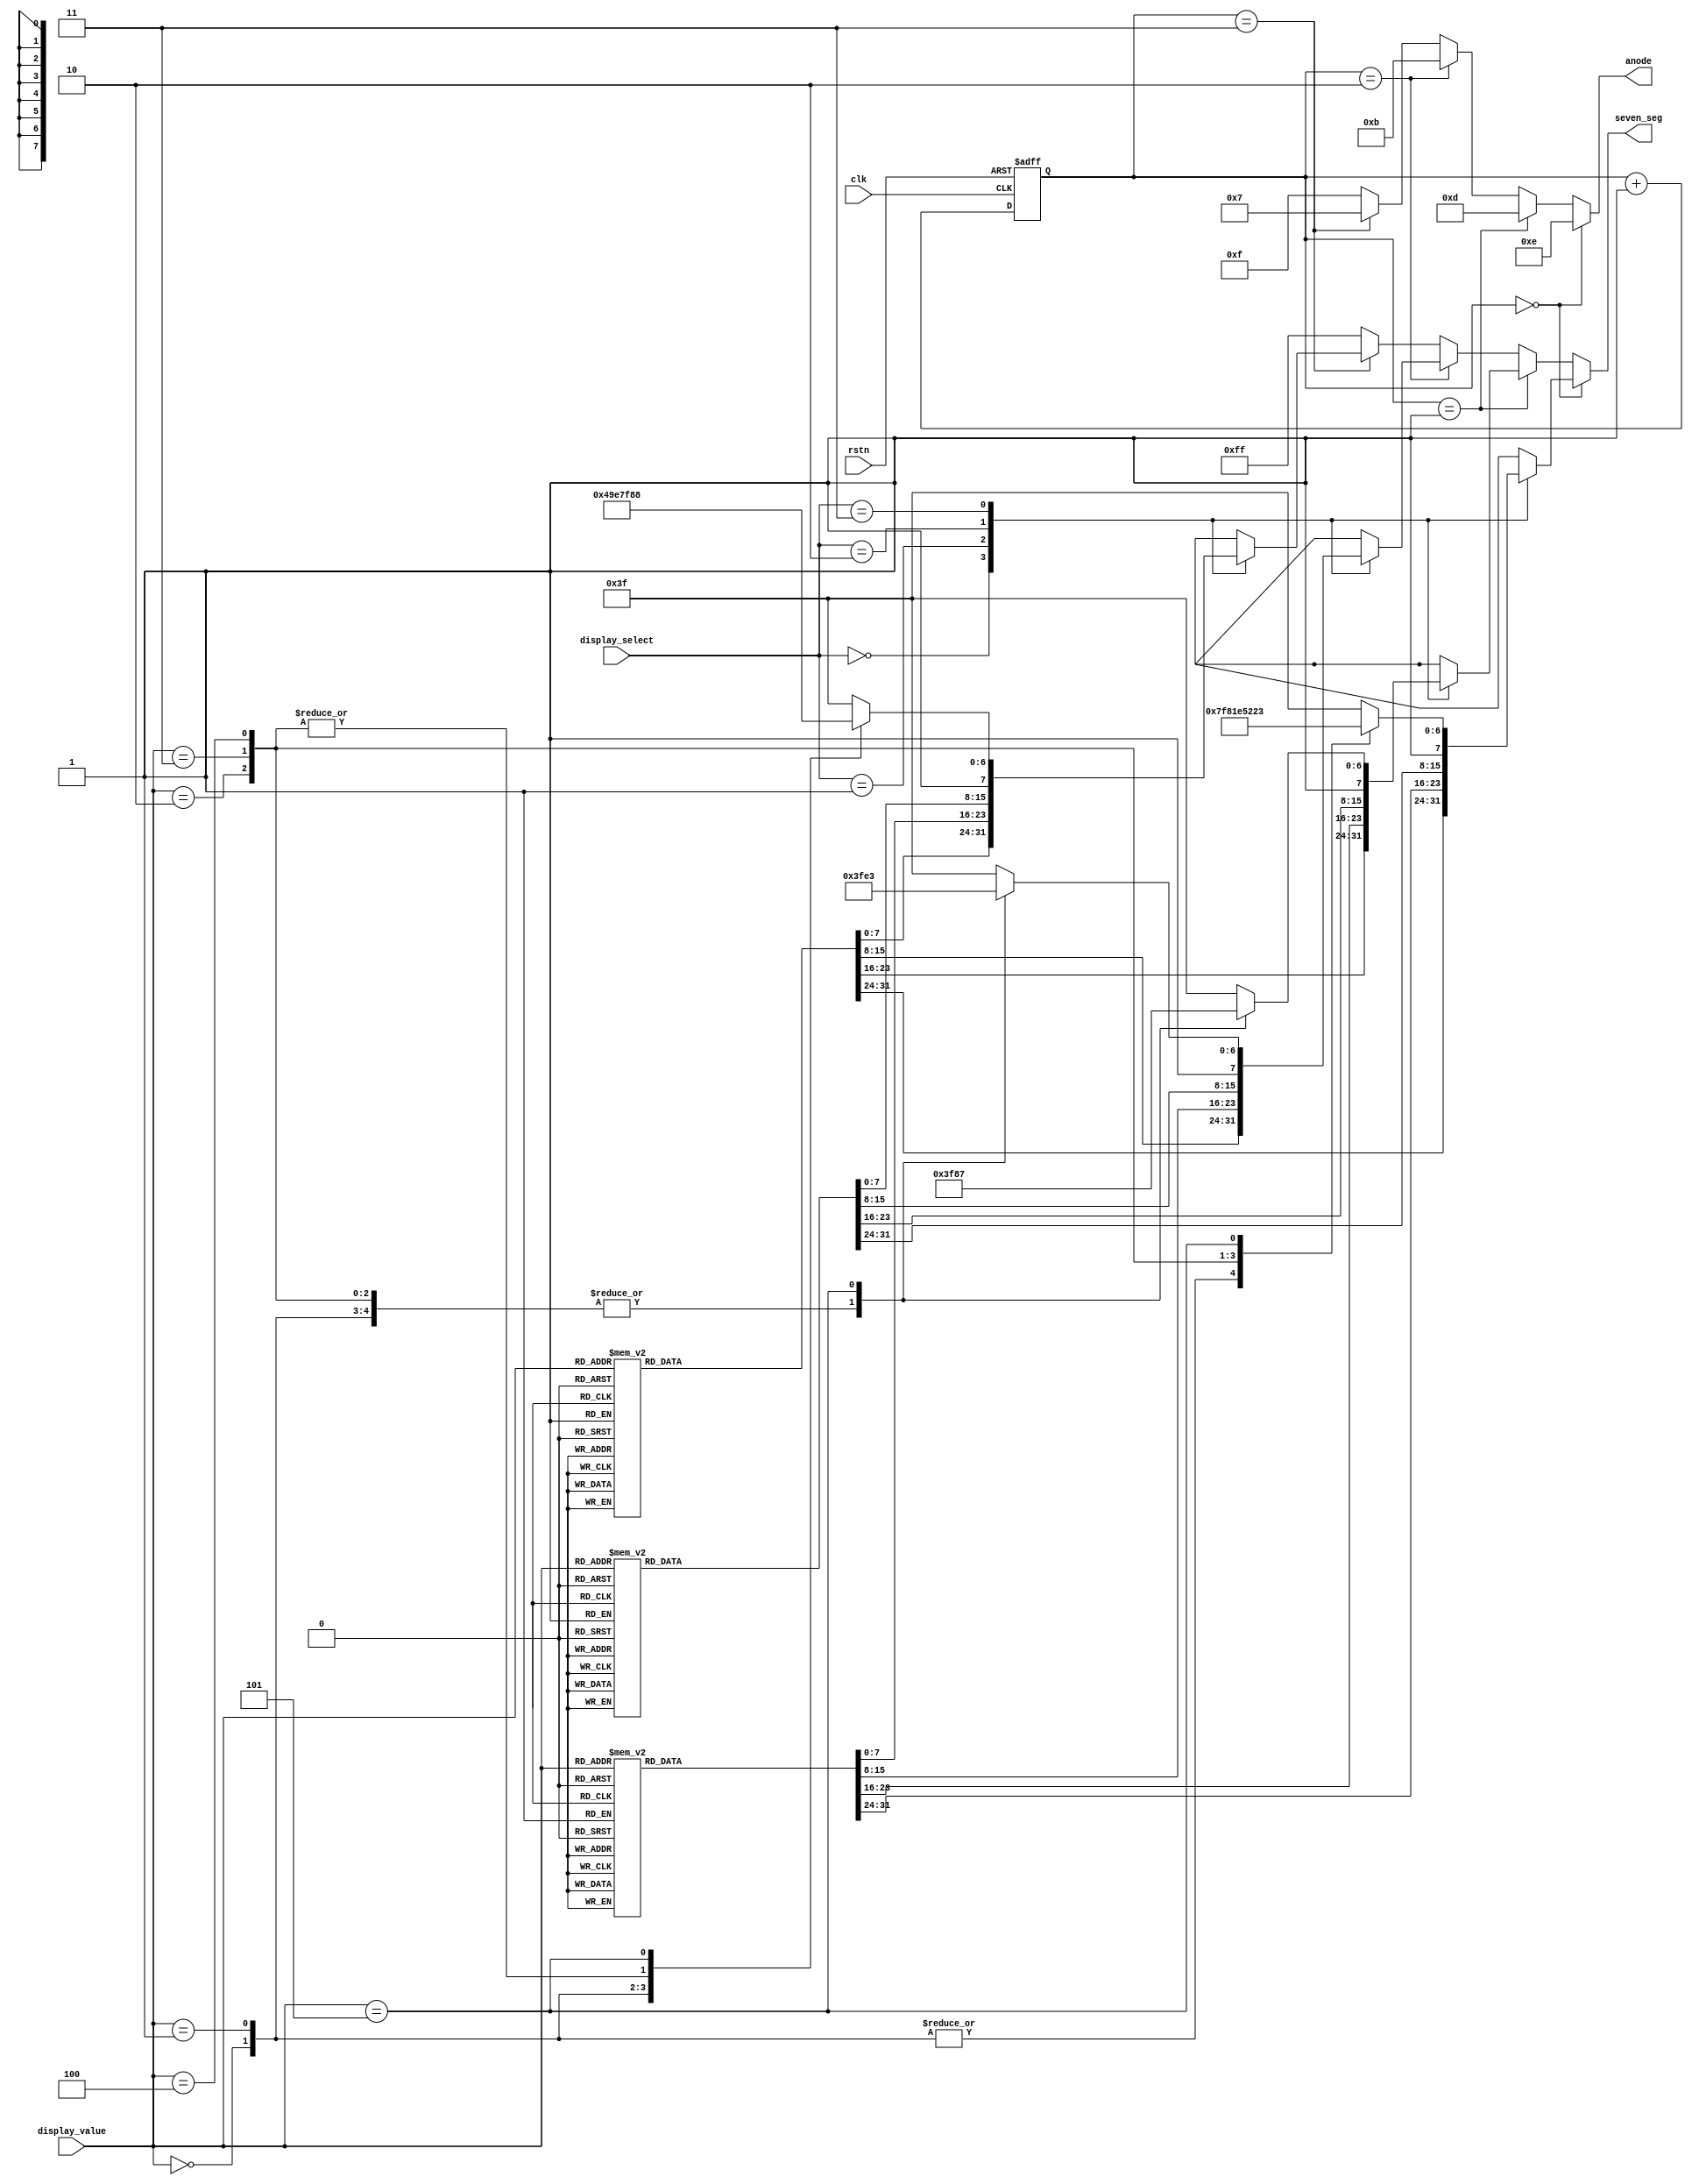
/*******************************************************************
* Module Name: Seven segment display controller
* 
* Description: 
* This module [briefly describe the module's purpose and functionality].
* [Optional: Additional notes on functionality, special cases, or constraints.]
*
* Inputs:
* clk - 1-bit clock input signal for synchronizing the module's operations.
* rstn - 1-bit active low reset signal for initializing or resetting the module's internal state.
* isoValue - 4-bit camera ISO value 
* shutterSpeedValue - 4-bit camera shutter speed value 
* focalLenghtValue - 4-bit camera focal lenght value
* brightnessIndicatorValue - 3-bit camera brihtness indicator value
* selectInput - 2-bit input value for choosing and displaying desired camera value
* Outputs:
* seven_seg_1 - 8-bit valued output that represents one of four seven-segment displays in which most significant bit is decimal point
* seven_seg_2 - 8-bit valued output that represents one of four seven-segment displays in which most significant bit is decimal point
* seven_seg_3 - 8-bit valued output that represents one of four seven-segment displays in which most significant bit is decimal point
* seven_seg_4 - 8-bit valued output that represents one of four seven-segment displays in which most significant bit is decimal point
* Date: [Date, e.g., "YYYY-MM-DD"]
*******************************************************************/


module seven_seg (
    input           clk,
    input           rstn,

    input [3:0]     display_value,
    input [1:0]     display_select,

    output [7:0]    seven_seg,
    output [3:0]    anode
);

    reg [7:0]  seven_seg_1, seven_seg_2, seven_seg_3, seven_seg_4;

    always @ (display_value, display_select) begin          
        case (display_select)
            2'b00:  decode_ISO(display_value); 
            2'b01:  decode_shutter(display_value); 
            2'b10:  decode_focal(display_value); 
            2'b11:  decode_indicator(display_value); 
            default: begin seven_seg_4=8'b11111110; seven_seg_3=8'b11111110; seven_seg_2=8'b11111110; seven_seg_1=8'b11111110; end
        endcase
    end

    // ISO values decoding
    task decode_ISO; 
        input[3:0] value;
        begin
            case (value)
                4'b0000: begin seven_seg_4=8'b11111111; seven_seg_3=8'b11111111; seven_seg_2=8'b11111111; seven_seg_1=8'b10000010; end //6
                4'b0001: begin seven_seg_4=8'b11111111; seven_seg_3=8'b11111111; seven_seg_2=8'b11111001; seven_seg_1=8'b10100100; end //12
                4'b0010: begin seven_seg_4=8'b11111111; seven_seg_3=8'b11111111; seven_seg_2=8'b10100100; seven_seg_1=8'b10010010; end //25
                4'b0011: begin seven_seg_4=8'b11111111; seven_seg_3=8'b11111111; seven_seg_2=8'b10010010; seven_seg_1=8'b11000000; end //50
                4'b0100: begin seven_seg_4=8'b11111111; seven_seg_3=8'b11111001; seven_seg_2=8'b11000000; seven_seg_1=8'b11000000; end //100
                4'b0101: begin seven_seg_4=8'b11111111; seven_seg_3=8'b11111001; seven_seg_2=8'b10100100; seven_seg_1=8'b10010010; end //125
                4'b0110: begin seven_seg_4=8'b11111111; seven_seg_3=8'b11111001; seven_seg_2=8'b10000010; seven_seg_1=8'b11000000; end //160
                4'b0111: begin seven_seg_4=8'b11111111; seven_seg_3=8'b10100100; seven_seg_2=8'b11000000; seven_seg_1=8'b11000000; end //200
                4'b1000: begin seven_seg_4=8'b11111111; seven_seg_3=8'b10110000; seven_seg_2=8'b10100100; seven_seg_1=8'b11000000; end //320
                4'b1001: begin seven_seg_4=8'b11111111; seven_seg_3=8'b10011001; seven_seg_2=8'b11000000; seven_seg_1=8'b11000000; end //400
                4'b1010: begin seven_seg_4=8'b11111111; seven_seg_3=8'b10000000; seven_seg_2=8'b11000000; seven_seg_1=8'b11000000; end //800
                4'b1011: begin seven_seg_4=8'b11111001; seven_seg_3=8'b10000010; seven_seg_2=8'b11000000; seven_seg_1=8'b11000000; end //1600
                4'b1100: begin seven_seg_4=8'b10110000; seven_seg_3=8'b10100100; seven_seg_2=8'b11000000; seven_seg_1=8'b11000000; end //3200
                4'b1101: begin seven_seg_4=8'b10000010; seven_seg_3=8'b10011001; seven_seg_2=8'b11000000; seven_seg_1=8'b11000000; end //6400
                4'b1110: begin seven_seg_4=8'b11111001; seven_seg_3=8'b10100100; seven_seg_2=8'b10000000; seven_seg_1=8'b01000000; end //1280.
                default: begin seven_seg_4=8'b10111111; seven_seg_3=8'b10111111; seven_seg_2=8'b10111111; seven_seg_1=8'b10111111; end //N/A
            endcase
        end
    endtask
        

    task decode_shutter;
        input [3:0] value;
        begin 
            case (value)
                4'b0000: begin seven_seg_4=8'b11111111; seven_seg_3=8'b11111111; seven_seg_2=8'b10110000; seven_seg_1=8'b11000000; end //30
                4'b0001: begin seven_seg_4=8'b11111111; seven_seg_3=8'b11111111; seven_seg_2=8'b11111001; seven_seg_1=8'b10010010; end //15
                4'b0010: begin seven_seg_4=8'b11111111; seven_seg_3=8'b11111111; seven_seg_2=8'b11111111; seven_seg_1=8'b10000000; end //8
                4'b0011: begin seven_seg_4=8'b11111111; seven_seg_3=8'b11111111; seven_seg_2=8'b11111111; seven_seg_1=8'b10011001; end //4
                4'b0100: begin seven_seg_4=8'b11111111; seven_seg_3=8'b11111111; seven_seg_2=8'b11111111; seven_seg_1=8'b10100100; end //2
                4'b0101: begin seven_seg_4=8'b11111111; seven_seg_3=8'b11111111; seven_seg_2=8'b11111111; seven_seg_1=8'b11111001; end //1
                4'b0110: begin seven_seg_4=8'b11111111; seven_seg_3=8'b11111111; seven_seg_2=8'b01111111; seven_seg_1=8'b10100100; end // 1/2 (.2)
                4'b0111: begin seven_seg_4=8'b11111111; seven_seg_3=8'b11111111; seven_seg_2=8'b01111111; seven_seg_1=8'b10011001; end // 1/4 (.4)
                4'b1000: begin seven_seg_4=8'b11111111; seven_seg_3=8'b11111111; seven_seg_2=8'b01111111; seven_seg_1=8'b10000000; end // 1/8 (.8)
                4'b1001: begin seven_seg_4=8'b11111111; seven_seg_3=8'b01111111; seven_seg_2=8'b11111001; seven_seg_1=8'b10010010; end // 1/15 (.15)
                4'b1010: begin seven_seg_4=8'b11111111; seven_seg_3=8'b01111111; seven_seg_2=8'b10110000; seven_seg_1=8'b11000000; end // 1/30 (.30)
                4'b1011: begin seven_seg_4=8'b11111111; seven_seg_3=8'b01111111; seven_seg_2=8'b10000010; seven_seg_1=8'b11000000; end // 1/60 (.60)
                4'b1100: begin seven_seg_4=8'b01111111; seven_seg_3=8'b11111001; seven_seg_2=8'b10100100; seven_seg_1=8'b10010010; end // 1/125 (.125)
                4'b1101: begin seven_seg_4=8'b01111111; seven_seg_3=8'b10100100; seven_seg_2=8'b10010010; seven_seg_1=8'b11000000; end // 1/250 (.250)
                4'b1110: begin seven_seg_4=8'b01111111; seven_seg_3=8'b10010010; seven_seg_2=8'b11000000; seven_seg_1=8'b11000000; end // 1/500 (.500)
                4'b1111: begin seven_seg_4=8'b11111001; seven_seg_3=8'b11000000; seven_seg_2=8'b11000000; seven_seg_1=8'b01000000; end // 1/1000(1000.)
                default: begin seven_seg_4=8'b10111111; seven_seg_3=8'b10111111; seven_seg_2=8'b10111111; seven_seg_1=8'b10111111; end //N/A
            endcase
        end        
    endtask

    task decode_focal;
        input[3:0] value;
        begin 
            case (value)
                4'b0000: begin seven_seg_4=8'b11111111; seven_seg_3=8'b11111111; seven_seg_2=8'b01111001; seven_seg_1=8'b10100100; end // 1,2
                4'b0001: begin seven_seg_4=8'b11111111; seven_seg_3=8'b11111111; seven_seg_2=8'b01111001; seven_seg_1=8'b10011001; end // 1,4
                4'b0010: begin seven_seg_4=8'b11111111; seven_seg_3=8'b11111111; seven_seg_2=8'b01111001; seven_seg_1=8'b10000000; end // 1,8
                4'b0011: begin seven_seg_4=8'b11111111; seven_seg_3=8'b11111111; seven_seg_2=8'b00100100; seven_seg_1=8'b11000000; end //2,0
                4'b0100: begin seven_seg_4=8'b11111111; seven_seg_3=8'b11111111; seven_seg_2=8'b00100100; seven_seg_1=8'b10000000; end //2,8
                4'b0101: begin seven_seg_4=8'b11111111; seven_seg_3=8'b11111111; seven_seg_2=8'b00110000; seven_seg_1=8'b10010010; end //3,5
                4'b0110: begin seven_seg_4=8'b11111111; seven_seg_3=8'b11111111; seven_seg_2=8'b00011001; seven_seg_1=8'b11000000; end // 4,0
                4'b0111: begin seven_seg_4=8'b11111111; seven_seg_3=8'b11111111; seven_seg_2=8'b00010010; seven_seg_1=8'b10000010; end // 5,6
                4'b1000: begin seven_seg_4=8'b11111111; seven_seg_3=8'b11111111; seven_seg_2=8'b00000000; seven_seg_1=8'b11000000; end // 8,0
                4'b1001: begin seven_seg_4=8'b11111111; seven_seg_3=8'b11111111; seven_seg_2=8'b11111001; seven_seg_1=8'b11111001; end // 11,0
                4'b1010: begin seven_seg_4=8'b11111111; seven_seg_3=8'b11111111; seven_seg_2=8'b11111001; seven_seg_1=8'b10000010; end // 16,0
                4'b1011: begin seven_seg_4=8'b11111111; seven_seg_3=8'b11111111; seven_seg_2=8'b10100100; seven_seg_1=8'b10100100; end // 22,0
                default: begin seven_seg_4=8'b10111111; seven_seg_3=8'b10111111; seven_seg_2=8'b10111111; seven_seg_1=8'b10111111; end //N/A
            endcase
        end        
    endtask

    task decode_indicator;
        input [3:0] value;
        begin
            case (value)            
                4'b0000: begin seven_seg_4=8'b10100100; seven_seg_3=8'b11111111; seven_seg_2=8'b11111111; seven_seg_1=8'b11111111; end //-2 stop
                4'b0001: begin seven_seg_4=8'b11111001; seven_seg_3=8'b11111111; seven_seg_2=8'b11111111; seven_seg_1=8'b11111111; end //-1 stop
                4'b0010: begin seven_seg_4=8'b11111111; seven_seg_3=8'b11111111; seven_seg_2=8'b11111111; seven_seg_1=8'b11000000; end // 0 stop
                4'b0011: begin seven_seg_4=8'b11111111; seven_seg_3=8'b11111111; seven_seg_2=8'b11111111; seven_seg_1=8'b11111001; end //+1 stop
                4'b0100: begin seven_seg_4=8'b11111111; seven_seg_3=8'b11111111; seven_seg_2=8'b11111111; seven_seg_1=8'b10100100; end //+2 stop
                4'b0101: begin seven_seg_4=8'b10001000; seven_seg_3=8'b11100011; seven_seg_2=8'b10000111; seven_seg_1=8'b10100011; end //Auto
                default: begin seven_seg_4=8'b10111111; seven_seg_3=8'b10111111; seven_seg_2=8'b10111111; seven_seg_1=8'b10111111; end //N/A
            endcase
        end        
    endtask

    reg [1:0] multiplexing_counter;

    // Multiplexing the 4 seven-segment displays
    always @ (posedge clk or negedge rstn) begin
        if (~rstn)  multiplexing_counter        <= 0;
        else        multiplexing_counter        <= multiplexing_counter + 1;        
    end

    assign seven_seg    =   (multiplexing_counter[1:0] == 2'b00) ? seven_seg_1 : 
                            (multiplexing_counter[1:0] == 2'b01) ? seven_seg_2 : 
                            (multiplexing_counter[1:0] == 2'b10) ? seven_seg_3 : 
                            (multiplexing_counter[1:0] == 2'b11) ? seven_seg_4 : 8'b11111111;

    assign anode        =   (multiplexing_counter[1:0] == 2'b00) ? 4'b1110 : 
                            (multiplexing_counter[1:0] == 2'b01) ? 4'b1101 : 
                            (multiplexing_counter[1:0] == 2'b10) ? 4'b1011 : 
                            (multiplexing_counter[1:0] == 2'b11) ? 4'b0111 : 4'b1111;

endmodule